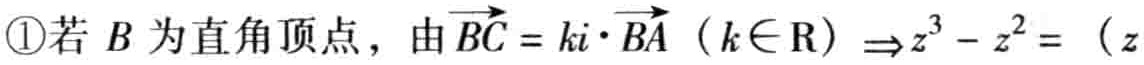
\textcircled{1}若 \(B\) 为直角顶点，由 \(\overrightarrow{BC}=k\mathrm{i}\cdot\overrightarrow{BA}\)（\(k\in \mathrm{R}\)）\(\Rightarrow z^{3}-z^{2} =\)（\(z\)